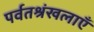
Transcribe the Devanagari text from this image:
पर्वतश्रंखलाएँ